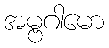
အမ္ဗဂါမော